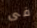
فى